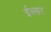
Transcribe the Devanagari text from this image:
ईस्सर